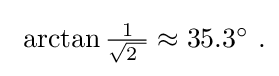
{\textstyle \ \arctan {\frac {1}{\sqrt {2\ }}}\approx 35.3^{\circ }~.}